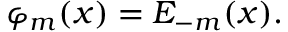
\varphi _ { m } ( x ) = E _ { - m } ( x ) .